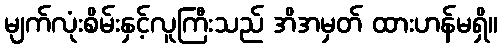
မျက်လုံးစိမ်းနှင့်လူကြီးသည် အိအမှတ် ထားဟန်မရှိ။